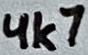
Text: 4k7